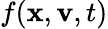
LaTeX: f(\mathbf{x},\mathbf{v},t)